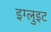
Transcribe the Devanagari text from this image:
इग्लुइट